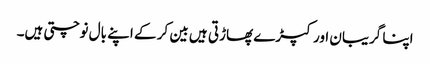
اپنا گریبان اور کپڑے پھاڑتی ہیں بین کر کے اپنے بال نوچتی ہیں۔